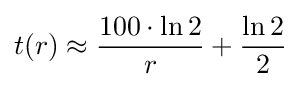
t(r)\approx {\frac {100\cdot \ln 2}{r}}+{\frac {\ln 2}{2}}